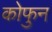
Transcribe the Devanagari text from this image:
कोफुन